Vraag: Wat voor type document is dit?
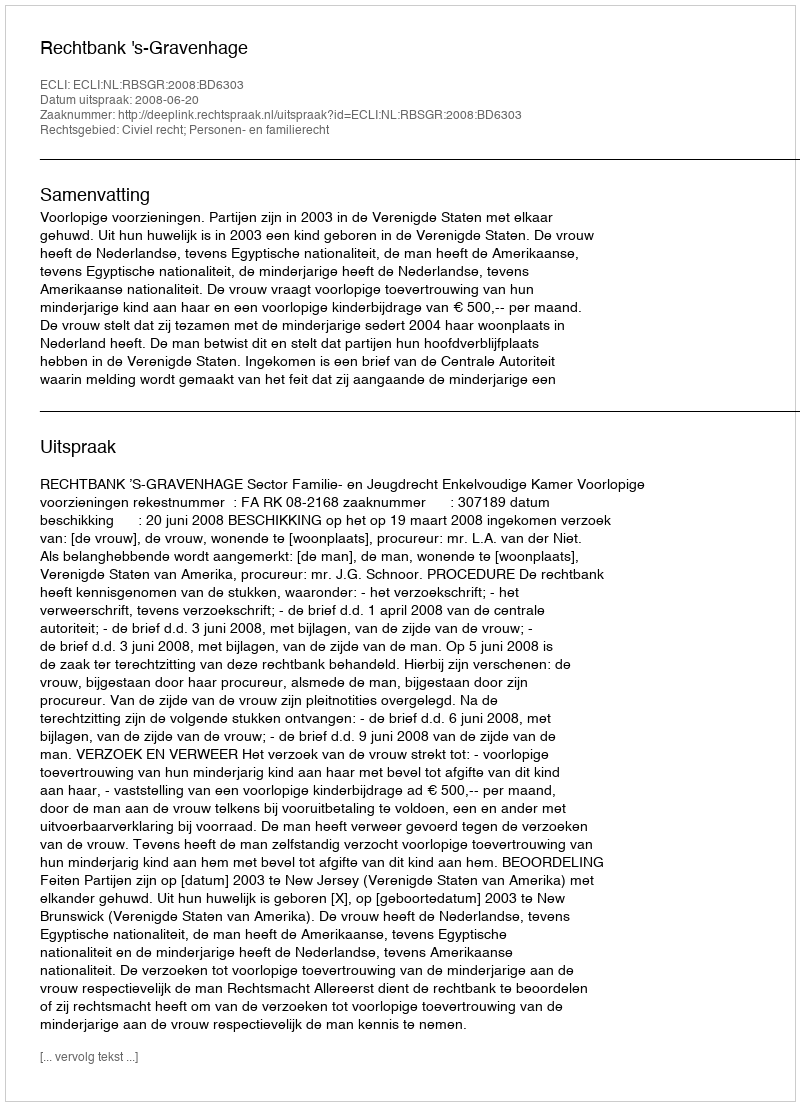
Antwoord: Uitspraak